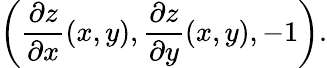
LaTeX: \left({\frac{\partial z}{\partial x}}(x,y),{\frac{\partial z}{\partial y}}(x,y),-1\right).